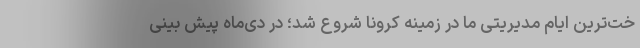
خت‌ترین ایام مدیریتی ما در زمینه کرونا شروع شد؛ در دی‌‌ماه پیش بینی